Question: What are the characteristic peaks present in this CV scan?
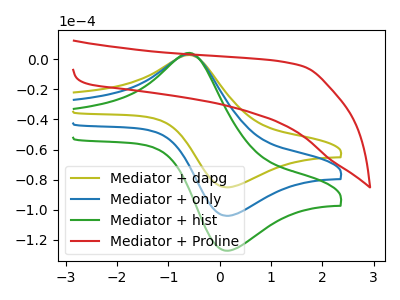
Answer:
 <answer>The olive curve "Mediator + dapg" has an anodic peak at (-0.60V, 2.85uA) and a cathodic peak at (0.15V, -85.15uA). The blue curve "Mediator + only" has an anodic peak at (-0.60V, 3.45uA) and a cathodic peak at (0.15V, -104.15uA). The green curve "Mediator + hist" has an anodic peak at (-0.60V, 6.95uA) and a cathodic peak at (0.15V, -208.25uA). The red curve "Mediator + Proline" has no peaks.</answer>
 <eval></eval>